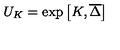
U _ { K } = \exp \left[ K , \overline { { \Delta } } \right]